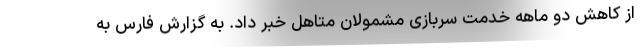
از کاهش دو ماهه خدمت سربازی مشمولان متاهل خبر داد. به گزارش فارس به